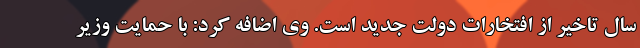
سال تاخیر از افتخارات دولت جدید است. وی اضافه کرد: با حمایت وزیر